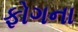
ફોગના